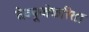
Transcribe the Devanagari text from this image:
देवपूजेकरिता